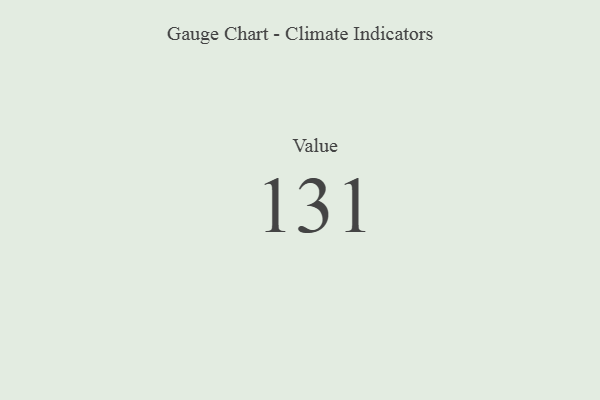
{"axis": {"x": "Metric", "y": "Value"}, "legend": [""], "data": [{"x": "Value", "y": 131, "type": ""}]}